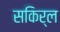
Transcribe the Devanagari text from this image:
सकिर्ल